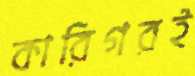
কারিগরই